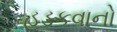
હડકવાનો